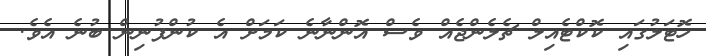
ހޮޓަލުގައި ކޮކްޓެއިލް ޗެލެންޖެއް ވެސް އޮންނާނެ ކަމަށް އެ ކުންފުނިން ބުނެ އެވެ.